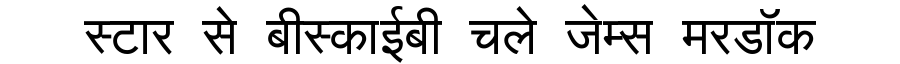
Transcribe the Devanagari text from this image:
स्टार से बीस्काईबी चले जेम्स मरडॉक